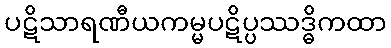
ပဋိသာရဏီယကမ္မပဋိပ္ပဿဒ္ဓိကထာ